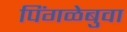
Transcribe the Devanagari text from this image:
पिंगळेबुवा